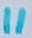
Text: 11